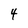
Character: 4